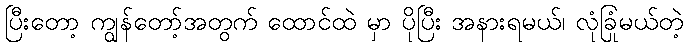
ပြီးတော့ ကျွန်တော့်အတွက် ထောင်ထဲ မှာ ပိုပြီး အနားရမယ်၊ လုံခြုံမယ်တဲ့